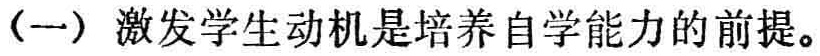
（一）激发学生动机是培养自学能力的前提。